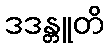
ဒဒန္တူတိ